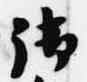
御